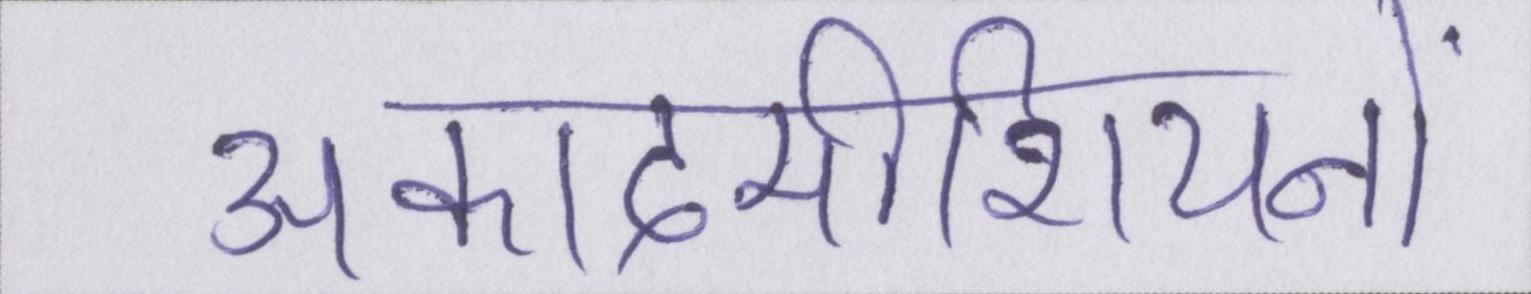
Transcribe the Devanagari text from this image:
अकादमीशियनों